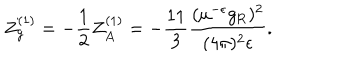
LaTeX: Z _ { g } ^ { ( 1 ) } = - \frac 1 2 Z _ { A } ^ { ( 1 ) } = - \frac { 1 1 } 3 \frac { ( \mu ^ { - \epsilon } g _ { \mathrm { R } } ) ^ { 2 } } { ( 4 \pi ) ^ { 2 } \epsilon } .